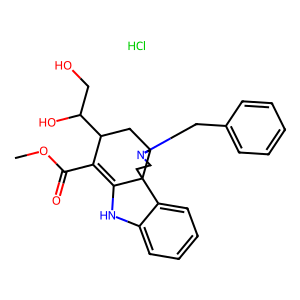
SMILES: COC(=O)C1=C2Nc3ccccc3C23CCN(Cc2ccccc2)C3CC1C(O)CO.Cl
Inhibits HIV replication: No